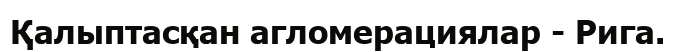
Қалыптасқан агломерациялар - Рига.